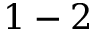
1 - 2